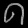
Digit: ၈